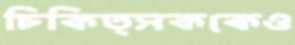
চিকিত্সককেও